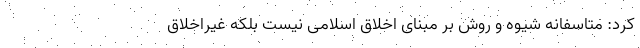
کرد: متاسفانه شیوه و روش بر مبنای اخلاق اسلامی نیست بلکه غیراخلاق